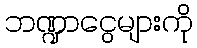
ဘဏ္ဍာငွေများကို